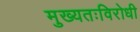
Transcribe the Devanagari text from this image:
मुख्यतःविरोधी